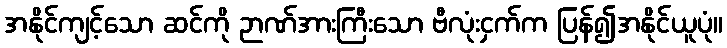
အနိုင်ကျင့်သော ဆင်ကို ဉာဏ်အားကြီးသော ဗီလုံးငှက်က ပြန်၍အနိုင်ယူပုံ။